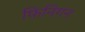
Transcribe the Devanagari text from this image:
फिनिगन